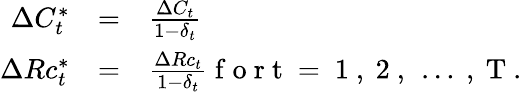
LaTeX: \begin{array}{rcl}{\Delta C_{t}^{*}}&{=}&{\frac{\Delta C_{t}}{1-\delta_{t}}}\\ {\Delta Rc_{t}^{*}}&{=}&{\frac{\Delta Rc_{t}}{1-\delta_{t}}\mathrm{~f~o~r~t~=~1~,~2~,~\dots~,~T~}.}\end{array}